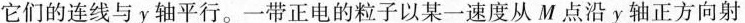
它们的连线与y轴平行。一带正电的粒子以某一速度从M点沿y轴正方向射